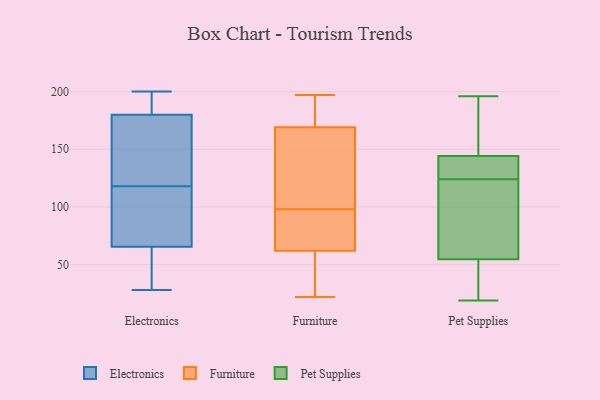
{"axis": {"x": "Latency (ms)", "y": "Value"}, "legend": ["Electronics", "Furniture", "Pet Supplies"], "data": [{"x": "", "y": 28, "type": "Electronics"}, {"x": "", "y": 121, "type": "Electronics"}, {"x": "", "y": 188, "type": "Electronics"}, {"x": "", "y": 115, "type": "Electronics"}, {"x": "", "y": 67, "type": "Electronics"}, {"x": "", "y": 193, "type": "Electronics"}, {"x": "", "y": 60, "type": "Electronics"}, {"x": "", "y": 200, "type": "Electronics"}, {"x": "", "y": 197, "type": "Electronics"}, {"x": "", "y": 141, "type": "Electronics"}, {"x": "", "y": 91, "type": "Electronics"}, {"x": "", "y": 77, "type": "Electronics"}, {"x": "", "y": 64, "type": "Electronics"}, {"x": "", "y": 172, "type": "Electronics"}, {"x": "", "y": 45, "type": "Electronics"}, {"x": "", "y": 148, "type": "Electronics"}, {"x": "", "y": 88, "type": "Furniture"}, {"x": "", "y": 45, "type": "Furniture"}, {"x": "", "y": 116, "type": "Furniture"}, {"x": "", "y": 106, "type": "Furniture"}, {"x": "", "y": 57, "type": "Furniture"}, {"x": "", "y": 190, "type": "Furniture"}, {"x": "", "y": 169, "type": "Furniture"}, {"x": "", "y": 22, "type": "Furniture"}, {"x": "", "y": 197, "type": "Furniture"}, {"x": "", "y": 81, "type": "Furniture"}, {"x": "", "y": 62, "type": "Furniture"}, {"x": "", "y": 189, "type": "Furniture"}, {"x": "", "y": 90, "type": "Furniture"}, {"x": "", "y": 123, "type": "Furniture"}, {"x": "", "y": 57, "type": "Pet Supplies"}, {"x": "", "y": 120, "type": "Pet Supplies"}, {"x": "", "y": 124, "type": "Pet Supplies"}, {"x": "", "y": 39, "type": "Pet Supplies"}, {"x": "", "y": 48, "type": "Pet Supplies"}, {"x": "", "y": 151, "type": "Pet Supplies"}, {"x": "", "y": 148, "type": "Pet Supplies"}, {"x": "", "y": 125, "type": "Pet Supplies"}, {"x": "", "y": 196, "type": "Pet Supplies"}, {"x": "", "y": 143, "type": "Pet Supplies"}, {"x": "", "y": 19, "type": "Pet Supplies"}, {"x": "", "y": 69, "type": "Pet Supplies"}, {"x": "", "y": 126, "type": "Pet Supplies"}]}